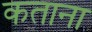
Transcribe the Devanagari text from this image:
कताना